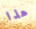
هذا